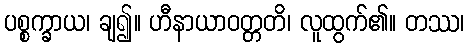
ပစ္စက္ခာယ၊ ချ၍။ ဟီနာယာဝတ္တတိ၊ လူထွက်၏။ တဿ၊